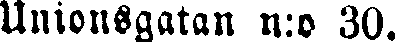
Unionsgatan n:o 30.